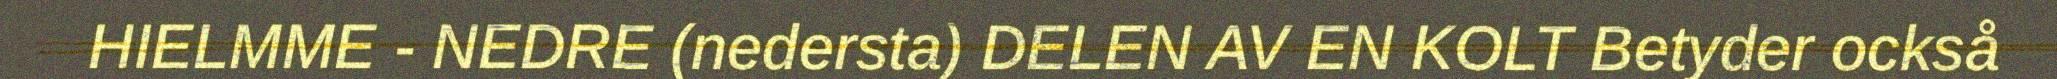
HIELMME - NEDRE (nedersta) DELEN AV EN KOLT Betyder också